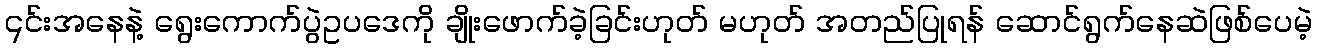
၎င်းအနေနဲ့ ရွေးကောက်ပွဲဥပဒေကို ချိုးဖောက်ခဲ့ခြင်းဟုတ် မဟုတ် အတည်ပြုရန် ဆောင်ရွက်နေဆဲဖြစ်ပေမဲ့